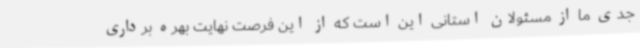
جدی ما از مسئولان استانی این است که از این فرصت نهایت بهره برداری